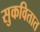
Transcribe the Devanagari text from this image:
सुकवितात